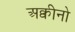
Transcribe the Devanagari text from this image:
अक्वीनो